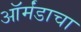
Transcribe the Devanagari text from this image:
ऑर्मंडाचा